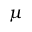
\mu